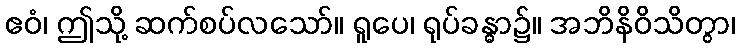
ဧဝံ၊ ဤသို့ ဆက်စပ်လသော်။ ရူပေ၊ ရုပ်ခန္ဓာ၌။ အဘိနိဝိသိတွာ၊